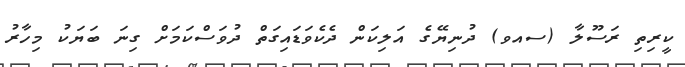
ކީރިތި ރަސޫލާ (ސއވ) ދުނިޔޭގެ އަލިކަން ދެކެވަޑައިގަތް ދުވަސްކަމަށް ގިނަ ބަޔަކު މިހާރު